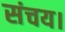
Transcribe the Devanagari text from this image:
संचय।